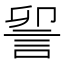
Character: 𮘃